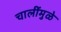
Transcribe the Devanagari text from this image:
चालींमुळे